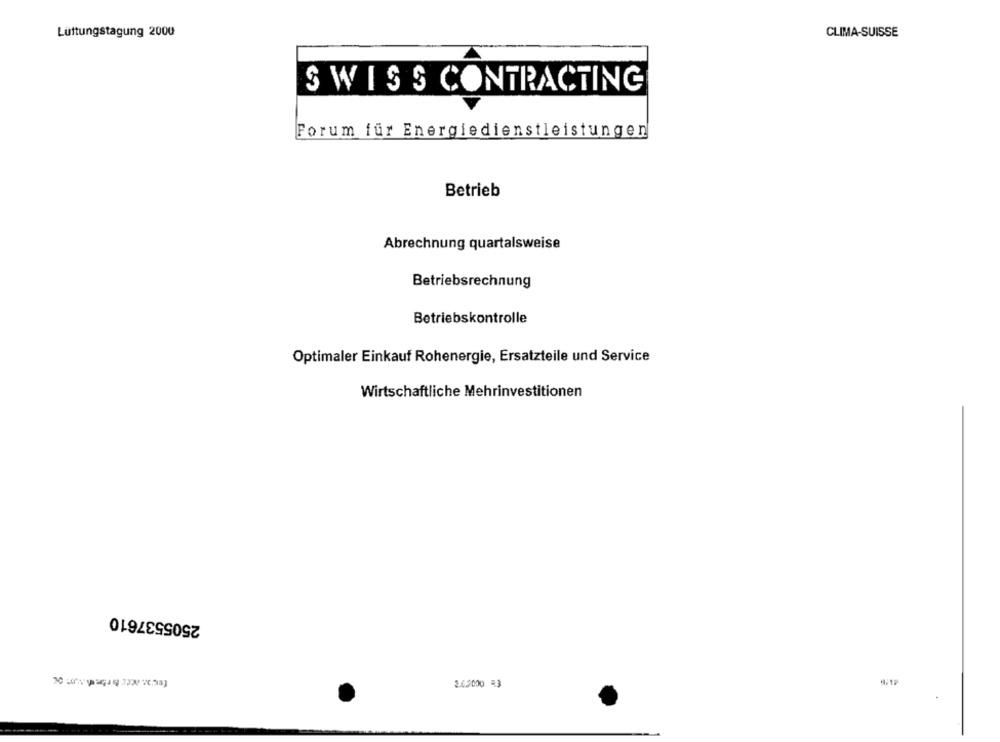
Lüftungstagung 2000
CLIMA-SUISSE
SWISS CONTRACTING
Forum für Energiedienstleistungen
Betrieb
Abrechnung quartalsweise
Betriebsrechnung
Betriebskontrolle
Optimaler Einkauf Rohenergie, Ersatzteile und Service
Wirtschaftliche Mehrinvestitionen
2505537610
2.0.2000 43